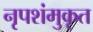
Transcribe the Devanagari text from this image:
नृपशंमुकृत